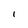
Character: I